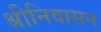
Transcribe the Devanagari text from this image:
श्रीनिवासन